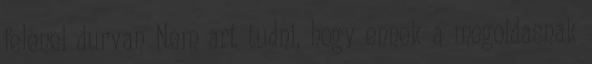
felenel durvan Nem art tudni, hogy ennek a megoldasnak